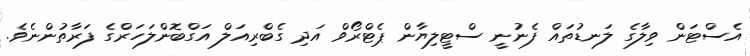
އެސްޓަން ވިލާގެ ލަނޑުތައް ފެނުނީ ސްޓީލިޔާން ޕެޓްރޯވް އަދި ގެބްރިއަލް އަގްބޮންލަހަރްގެ ފަރާތުންނެވެ.